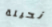
نحيلة